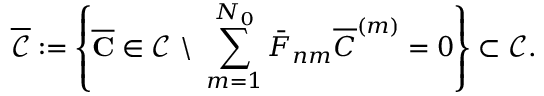
\overline { { \mathcal { C } } } : = \left\{ \overline { { \mathbf { C } } } \in \mathcal { C } \ \backslash \ \sum _ { m = 1 } ^ { N _ { 0 } } \bar { F } _ { n m } \overline { { C } } ^ { \left( m \right) } = 0 \right\} \subset \mathcal { C } .